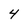
Character: 4